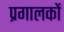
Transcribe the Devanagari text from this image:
प्रगालकों